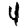
Digit: 4